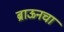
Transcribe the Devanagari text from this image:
ब्राऊनचा